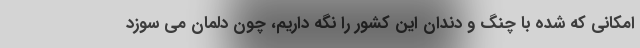
امکانی که شده با چنگ و دندان این کشور را نگه داریم، چون دلمان می سوزد